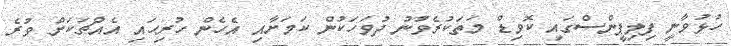
ހުޅުވާނީ ފިލިޕީންސްގައި ކޮވިޑް މަތަކުރެވުނު ދުވަހަކުން ކަމަށާއި އެހެން ހުރިހައި އެއްޗަކަށް ވުރެ